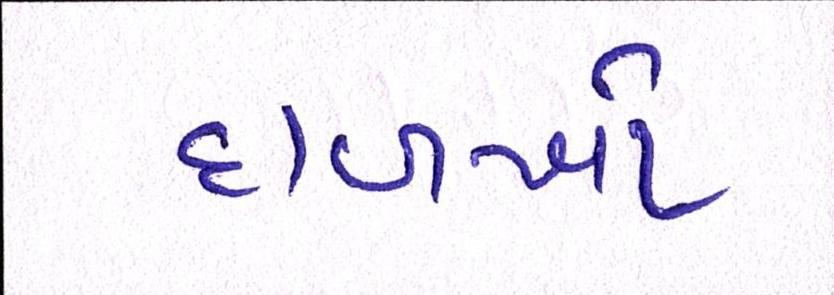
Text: દાળખો